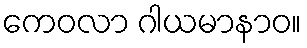
ကေဝလာ ဂါယမာနာဝ။